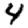
Digit: 4